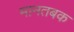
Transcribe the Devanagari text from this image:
मानतबक